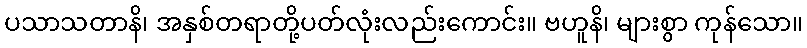
ပသာသတာနိ၊ အနှစ်တရာတို့ပတ်လုံးလည်းကောင်း။ ဗဟူနိ၊ များစွာ ကုန်သော။